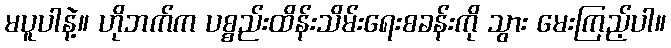
မပူပါနဲ့။ ဟိုဘက်က ပစ္စည်းထိန်းသိမ်းရေးစခန်းကို သွား မေးကြည့်ပါ။